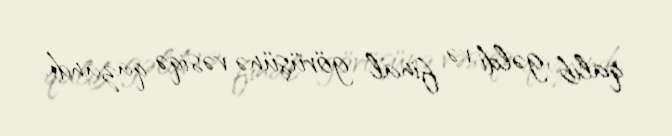
qalib gəldi və final görüşünə vəsiqə qazandı.